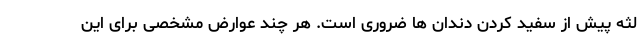
لثه پیش از سفید کردن دندان ها ضروری است. هر چند عوارض مشخصی برای این